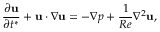
\frac { \partial \mathbf { u } } { \partial t ^ { * } } + \mathbf { u } \cdot \nabla \mathbf { u } = - \nabla p + \frac { 1 } { R e } \nabla ^ { 2 } \mathbf { u } ,